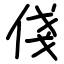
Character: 俴